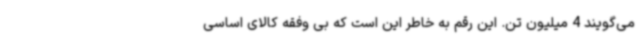
می‌گویند 4 میلیون تن. این رقم به خاطر این است که بی وفقه کالای اساسی